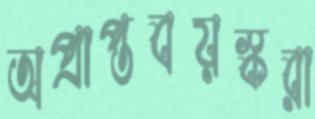
অপ্রাপ্তবয়স্করা